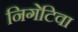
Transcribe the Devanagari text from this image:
निगेटिवा